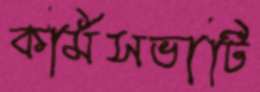
কর্মিসভাটি